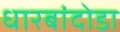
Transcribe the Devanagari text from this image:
धारबांदोडा